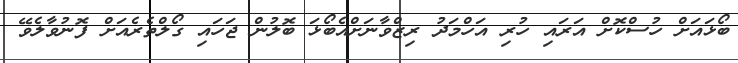
ބޯޅައަށް ހުސްކޮށް އަރައި ހުރި އަހްމަދު ރިޒްވާނަށްއެބޯޅަ ބޮލުން ޖަހައި ގޯލްތެރެއަށް ފޮނުވާލެވޭ